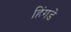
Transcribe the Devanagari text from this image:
हिंगडे